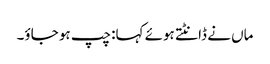
ماں نے ڈانٹتے ہوئے کہا: چپ ہو جاؤ۔